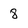
Character: 8